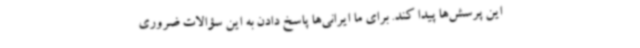
این پرسش‌ها پیدا کند. برای ما ایرانی‌ها پاسخ دادن به این سؤالات ضروری